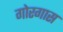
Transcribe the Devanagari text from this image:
गोरगास